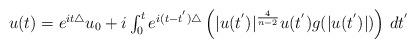
LaTeX: \begin{align*}\begin{array}{l}u(t)=e^{i t \triangle} u_{0} + i \int_{0}^{t} e^{i(t- t^{'}) \triangle} \left( |u(t^{'})|^{\frac{4}{n-2}} u(t^{'}) g(|u(t^{'})|) \right) \,dt^{'}\end{array}\end{align*}